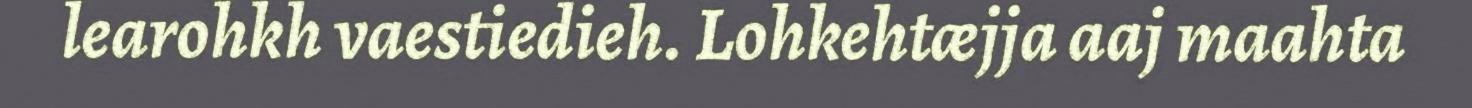
learohkh vaestiedieh. Lohkehtæjja aaj maahta